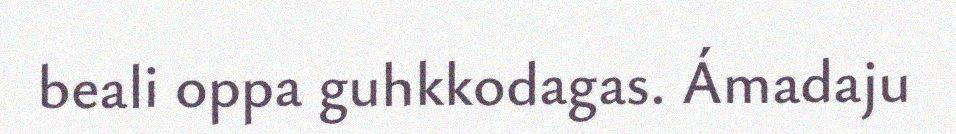
beali oppa guhkkodagas. Ámadaju